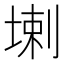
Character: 𱗌